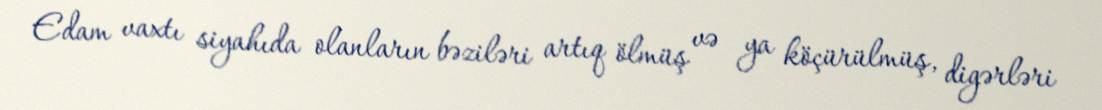
Edam vaxtı siyahıda olanların bəziləri artıq ölmüş və ya köçürülmüş, digərləri